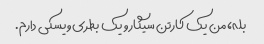
بله، من یک کارتن سیگار و یک بطری ویسکی دارم.